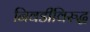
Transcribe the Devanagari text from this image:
निवडीविरुद्ध